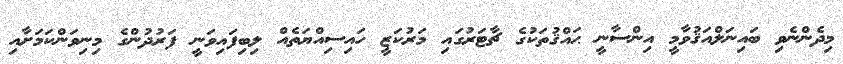
މިދެންނެވި ބައިނަލްއަޤުވާމީ އިންސާނީ ޙައްޤުތަކުގެ ޗާޓަރުގައި މަރުކަޒީ ހައިސިއްޔަތެއް ލިބިފައިވަނީ ފަރުދުންގެ މިނިވަންކަމަށާއި